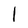
Character: l